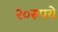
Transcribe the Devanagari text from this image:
२०रूपये